Annual report on the Civil Veterinary Department, Burma (including the Insein Veterinary School) - 1932-1941
Year: 1932
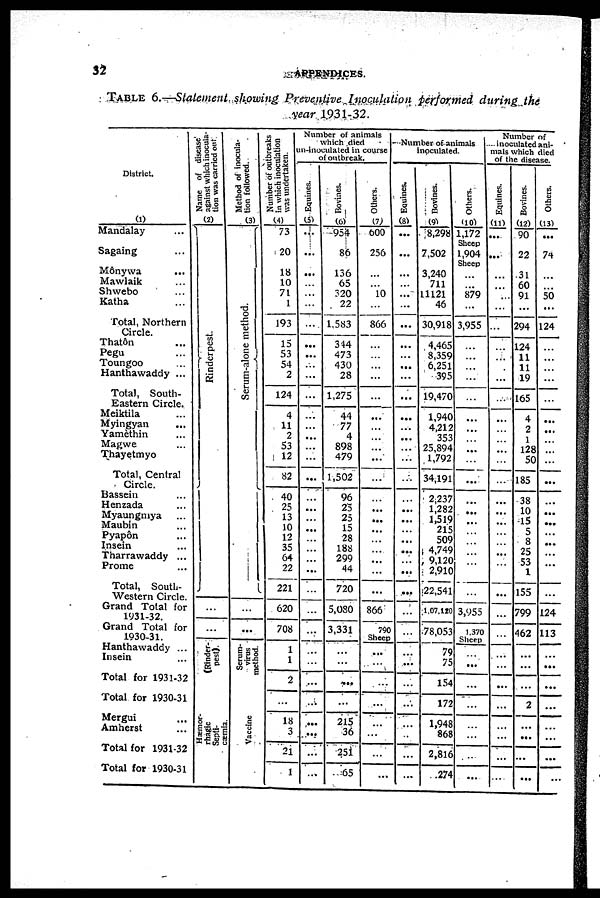
32
APPENDICES.
TABLE 6.—Statement showing Preventive Inoculation performed during the
year 1931-32.
District.
(1)
Mandalay ...
Sagaing ...
Mônywa
...
Mawlaik ...
Shwebo ...
Katha ...
Total, Northern
Circle.
Thatôn ...
Pegu ...
Toungoo ...
Hanthawaddy ...
Total, South-
Eastern Circle.
Meiktila ...
Myingyan ...
Yamèthin ...
Magwe ...
Thayetmyo
Total, Central
Circle.
Bassein ...
Henzada ...
Myaungmya ...
Maubin ...
Pyapon ...
Insein ...
Tharrawaddy ...
Prome ...
Total, South-
Western Circle.
Grand Total for
1931-32.
Grand Total for
1930-31.
Hanthawaddy ...
Insein ...
Total for 1931-32
Total for 1930-31
Mergui ...
Amherst ...
Total for 1931-32
Total for 1930-31
Name of disease
against which inocula-
tion was carried out
(2)
Rinderpest.
[Rinder-
pest).
Hemor-
rhagic
Septi-
cæmia.
Method of inocula-
tion followed.
(3)
Serum-alone method.
...
Serum-
virus
method.
Vaccine
Number of outbreaks
in which inoculation
was undertaken.
(4)
73
20
18
10
71
1
193
15
53
54
2
124
4
11
2
53
12
82
40
25
13
10
12
35
64
22
221
620
708
1
1
2
...
18
3
21
1
Number of animals
which died
in-inoculated in course
of outbreak.
Equities.
(5)
...
...
...
...
...
...
...
...
...
...
...
...
...
...
...
...
...
...
...
...
...
...
...
...
...
...
...
...
...
...
...
...
...
...
...
...
...
Bovines.
(6)
954
86
136
65
320
22
1.5S3
344
473
430
28
1,275
44
77
4
898
479
1,502
96
25
25
15
28
188
299
44
720
5,080
3,331
...
...
...
...
215
36
251
65
Others.
(7)
600
256
10
866
...
...
...
...
...
...
...
...
...
...
...
...
...
...
...
...
...
...
...
...
866
790
Sheep
...
...
...
...
...
...
...
...
Number of animals
inoculated.
Equines.
(8)
...
...
...
...
...
...
...
...
...
...
...
...
...
...
...
...
...
...
...
...
...
...
...
...
...
...
...
...
...
...
...
...
...
...
...
...
Bovines.
(9)
8,298
7,502
3,240
711
11121
46
30,918
4,465
8,359
6,251
395
19,470
1,940
4,212
353
25,894
1,792
34,191
2 237
1,282
1,519
215
509
4 749
9,120
2,910
22,541
1,07,120
78,053
79
75
154
172
1,948
868
2,816
.274
Others.
(10)
1,172
Sheep
1,904
Sheep
...
...
879
...
3,955
...
...
...
...
...
...
...
...
...
...
...
...
...
... ...
...
...
...
...
...
3,955
1.370
Sheep
...
...
...
...
...
...
...
...
Number of
inoculated ani-
mals which died
of the disease.
Equines.
(11)
...
...
...
...
...
...
...
...
...
...
...
...
...
...
...
...
...
...
...
...
...
...
...
...
...
...
...
...
...
...
...
...
...
...
...
...
...
Bovines.
(12)
90
22
31
60
91
...
294
124
11
11
19
165
...
...
...
128
50
185
38
10
15
5
8
25
53
1
155
799
462
...
...
...
2
...
...
...
...
Others.
(13)
...
74
...
...
50
...
124
...
...
...
...
...
...
...
...
...
...
...
...
...
...
...
...
...
...
...
...
124
113
...
...
...
...
...
...
...